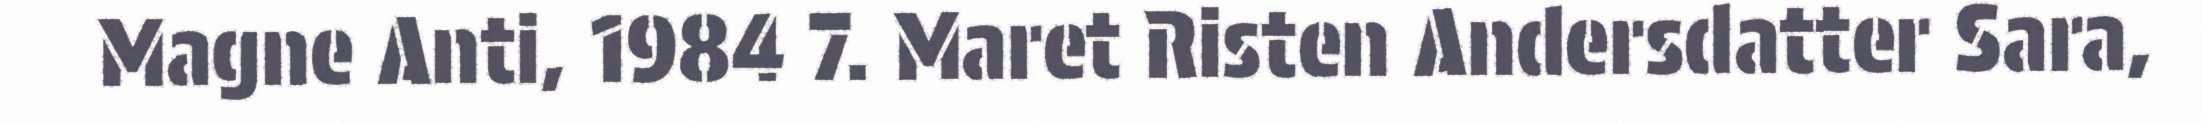
Magne Anti, 1984 7. Maret Risten Andersdatter Sara,